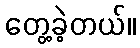
တွေ့ခဲ့တယ်။